Malaria in the Andamans - Number 56
Disease focus: Malaria
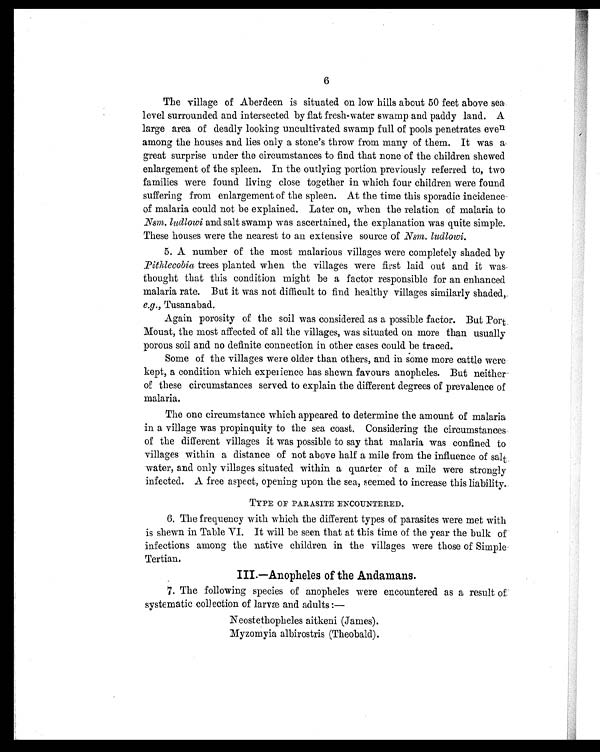
6
The village of Aberdeen is situated on low hills about 50 feet above sea
level surrounded and intersected by flat fresh-water swamp and paddy land. A
large area of deadly looking uncultivated swamp full of pools penetrates even
among the houses and lies only a stone's throw from many of them. It was a
great surprise under the circumstances to find that none of the children shewed
enlargement of the spleen. In the outlying portion previously referred to, two
families were found living close together in which four children were found
suffering from enlargement of the spleen. At the time this sporadic incidence
of malaria could not be explained. Later on, when the relation of malaria to
Nsm. ludlowi and salt swamp was ascertained, the explanation was quite simple.
These houses were the nearest to an extensive source of Nsm. ludlowi.
5. A number of the most malarious villages were completely shaded by
Pithlecobia trees planted when the villages were first laid out and it was
thought that this condition might be a factor responsible for an enhanced
malaria rate. But it was not difficult to find healthy villages similarly shaded,
e.g.,T u s a n a b a d .
Again porosity of the soil was considered as a possible factor. But Port
Mouat, the most affected of all the villages, was situated on more than usually
porous soil and no definite connection in other cases could be traced.
Some of the villages were older than others, and in some more cattle were
kept, a condition which experience has shewn favours anopheles. But neither
of these circumstances served to explain the different degrees of prevalence of
malaria.
The one circumstance which appeared to determine the amount of malaria
in a village was propinquity to the sea coast. Considering the circumstances
of the different villages it was possible to say that malaria was confined to
villages within a distance of not above half a mile from the influence of salt
water, and only villages situated within a quarter of a mile were strongly
infected. A free aspect, opening upon the sea, seemed to increase this liability.
TYPE OF PARASITE ENCOUNTERED.
6. The frequency with which the different types of parasites were met with
is shewn in Table VI. It will be seen that at this time of the year the bulk of
infections among the native children in the villages were those of Simple
Tertian.
III.—Anopheles of the Andamans.
7. The following species of anopheles were encountered as a result of
systematic collection of larvæ and adults :—
Neostethopheles aitkeni (James).
Myzomyia albirostris (Theobald).